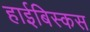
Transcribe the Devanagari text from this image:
हाईबिस्कस